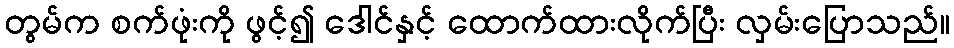
တွမ်က စက်ဖုံးကို ဖွင့်၍ ဒေါင်နှင့် ထောက်ထားလိုက်ပြီး လှမ်းပြောသည်။